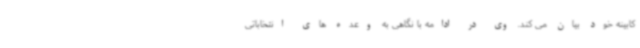
کابینه خود بیان می کند. وی در ادامه با نگاهی به وعده های انتخاباتی